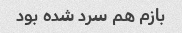
بازم هم سرد شده بود